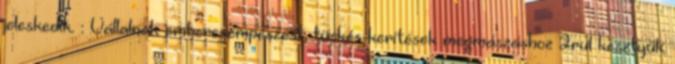
jeleskedik. : Vállalnak embercsempészést, tüskés kerítések megmászáshoz 2rul kesztyűk